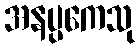
အနပ္ပကေသု